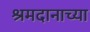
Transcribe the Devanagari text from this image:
श्रमदानाच्या